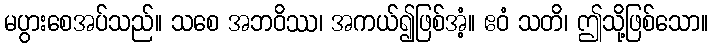
မပွားစေအပ်သည်။ သစေ အဘဝိဿ၊ အကယ်၍ဖြစ်အံ့။ ဧဝံ သတိ၊ ဤသို့ဖြစ်သော။